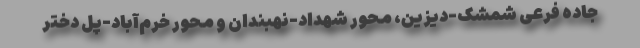
جاده فرعی شمشک-دیزین، ‌محور شهداد-نهبندان و محور خرم‌آباد-پل دختر